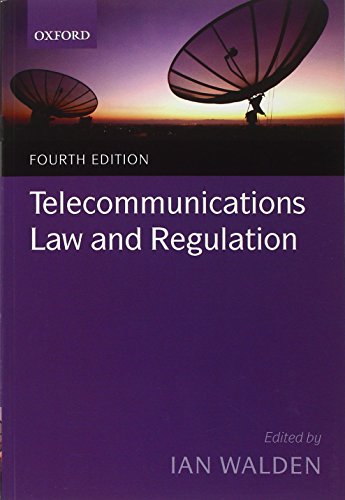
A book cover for Telecommunications Law and Regulation; Ian Walden; Law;